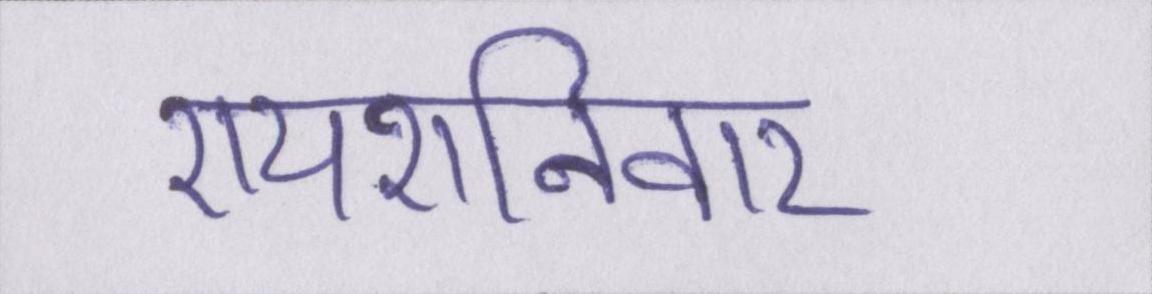
रायशनिवार